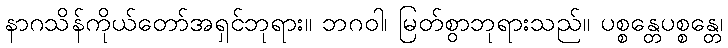
နာဂသိန်ကိုယ်တော်အရှင်ဘုရား။ ဘဂဝါ၊ မြတ်စွာဘုရားသည်။ ပစ္စန္တေပစ္စန္တေ၊